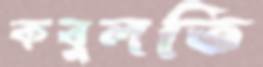
কবুলতি